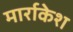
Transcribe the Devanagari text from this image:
मार्राकेश